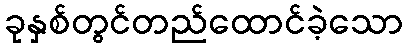
ခုနှစ်တွင်တည်ထောင်ခဲ့သော